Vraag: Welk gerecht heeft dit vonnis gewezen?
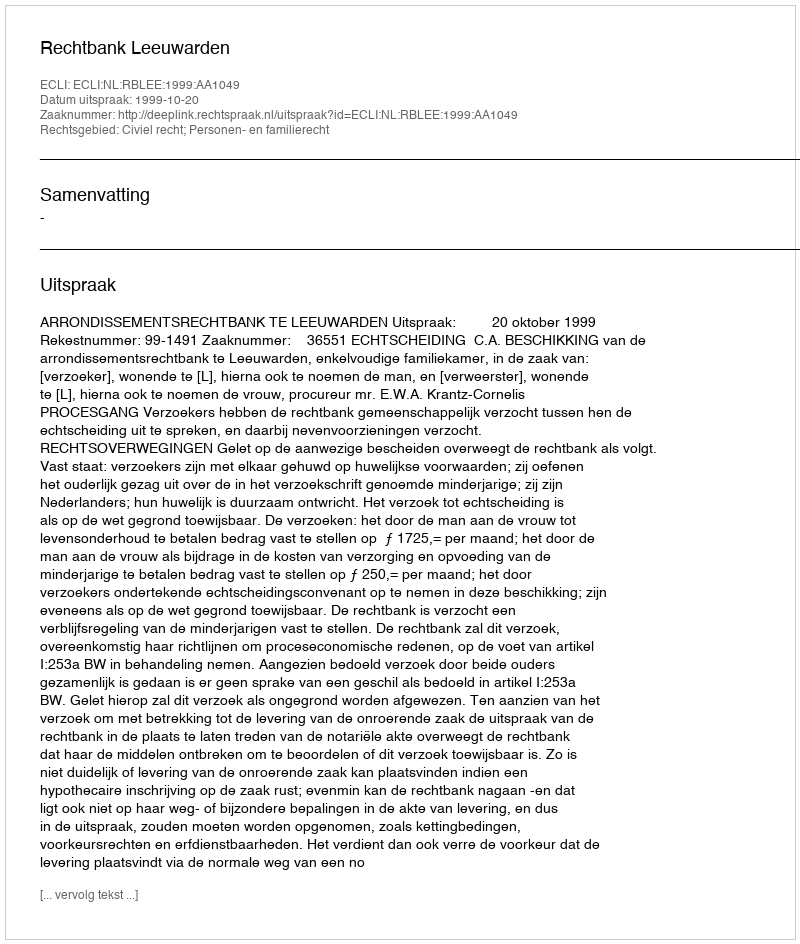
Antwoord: Rechtbank Leeuwarden